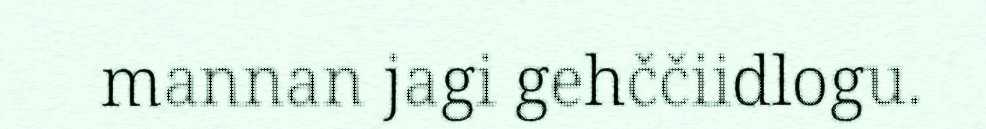
mannan jagi gehččiidlogu.